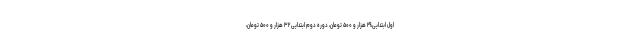
اول ابتدایی،۲۹ هزار و ۵۰۰ تومان، دوره دوم ابتدایی ۳۲ هزار و ۵۰۰ تومان،